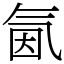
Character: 氤